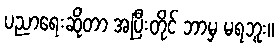
ပညာရေးဆိုတာ အပြီးတိုင် ဘာမှ မရဘူး။